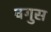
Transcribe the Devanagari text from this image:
वगुस